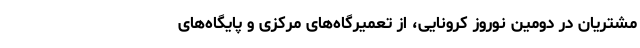
مشتریان در دومین نوروز کرونایی، از تعمیرگاه‌های مرکزی و پایگاه‌های